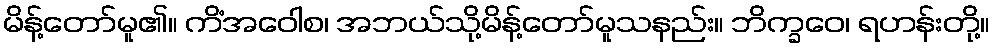
မိန့်တော်မူ၏။ ကိံအဝေါစ၊ အဘယ်သို့မိန့်တော်မူသနည်း။ ဘိက္ခဝေ၊ ရဟန်းတို့။